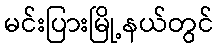
မင်းပြားမြို့နယ်တွင်